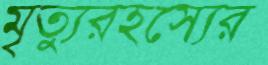
মৃত্যুরহস্যের